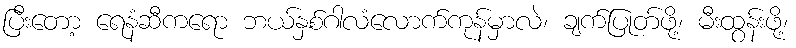
ပြီးတော့ ရေနံဆီကရော ဘယ်နှစ်ဂါလံလောက်ကုန်မှာလဲ၊ ချက်ပြုတ်ဖို့၊ မီးထွန်းဖို့၊